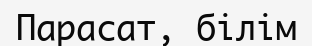
Парасат, білім